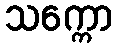
သက္ကော